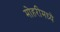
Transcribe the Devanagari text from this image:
मोहरीमध्ये